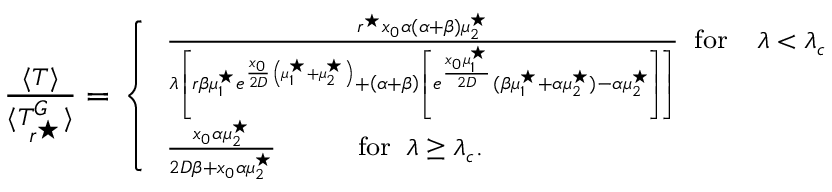
\begin{array} { r } { \footnotesize \frac { \langle T \rangle } { \langle T _ { r ^ { \star } } ^ { G } \rangle } = \left\{ \begin{array} { l l } { \frac { r ^ { \star } x _ { 0 } \alpha ( \alpha + \beta ) \mu _ { 2 } ^ { \star } } { \lambda \left[ r \beta \mu _ { 1 } ^ { \star } e ^ { \frac { x _ { 0 } } { 2 D } \left( \mu _ { 1 } ^ { \star } + \mu _ { 2 } ^ { \star } \right) } + \left( \alpha + \beta \right) \left[ e ^ { \frac { x _ { 0 } \mu _ { 1 } ^ { \star } } { 2 D } } { ( \beta \mu _ { 1 } ^ { \star } + \alpha \mu _ { 2 } ^ { \star } ) - \alpha \mu _ { 2 } ^ { \star } } \right] \right] } \; \; \mathrm { f o r } \; \; \; \; \lambda < \lambda _ { c } } \\ { \frac { x _ { 0 } \alpha \mu _ { 2 } ^ { \star } } { 2 D \beta + x _ { 0 } \alpha \mu _ { 2 } ^ { \star } } \; \; \; \; \; \; \; \; \; \; \; \mathrm { f o r } \; \; \lambda \geq \lambda _ { c } . } \end{array} \right. } \end{array}